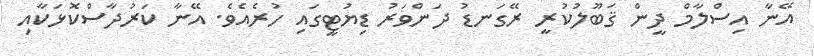
އޭނާ އިސްލާމް ދީން ޤަބޫލުކުރީ ރޭގަނޑު ދަންވަރު ޑިޔުޓީގައި ހުރެއެވެ. އޭނާ ކަރުދާސްކޮޅަކާއި